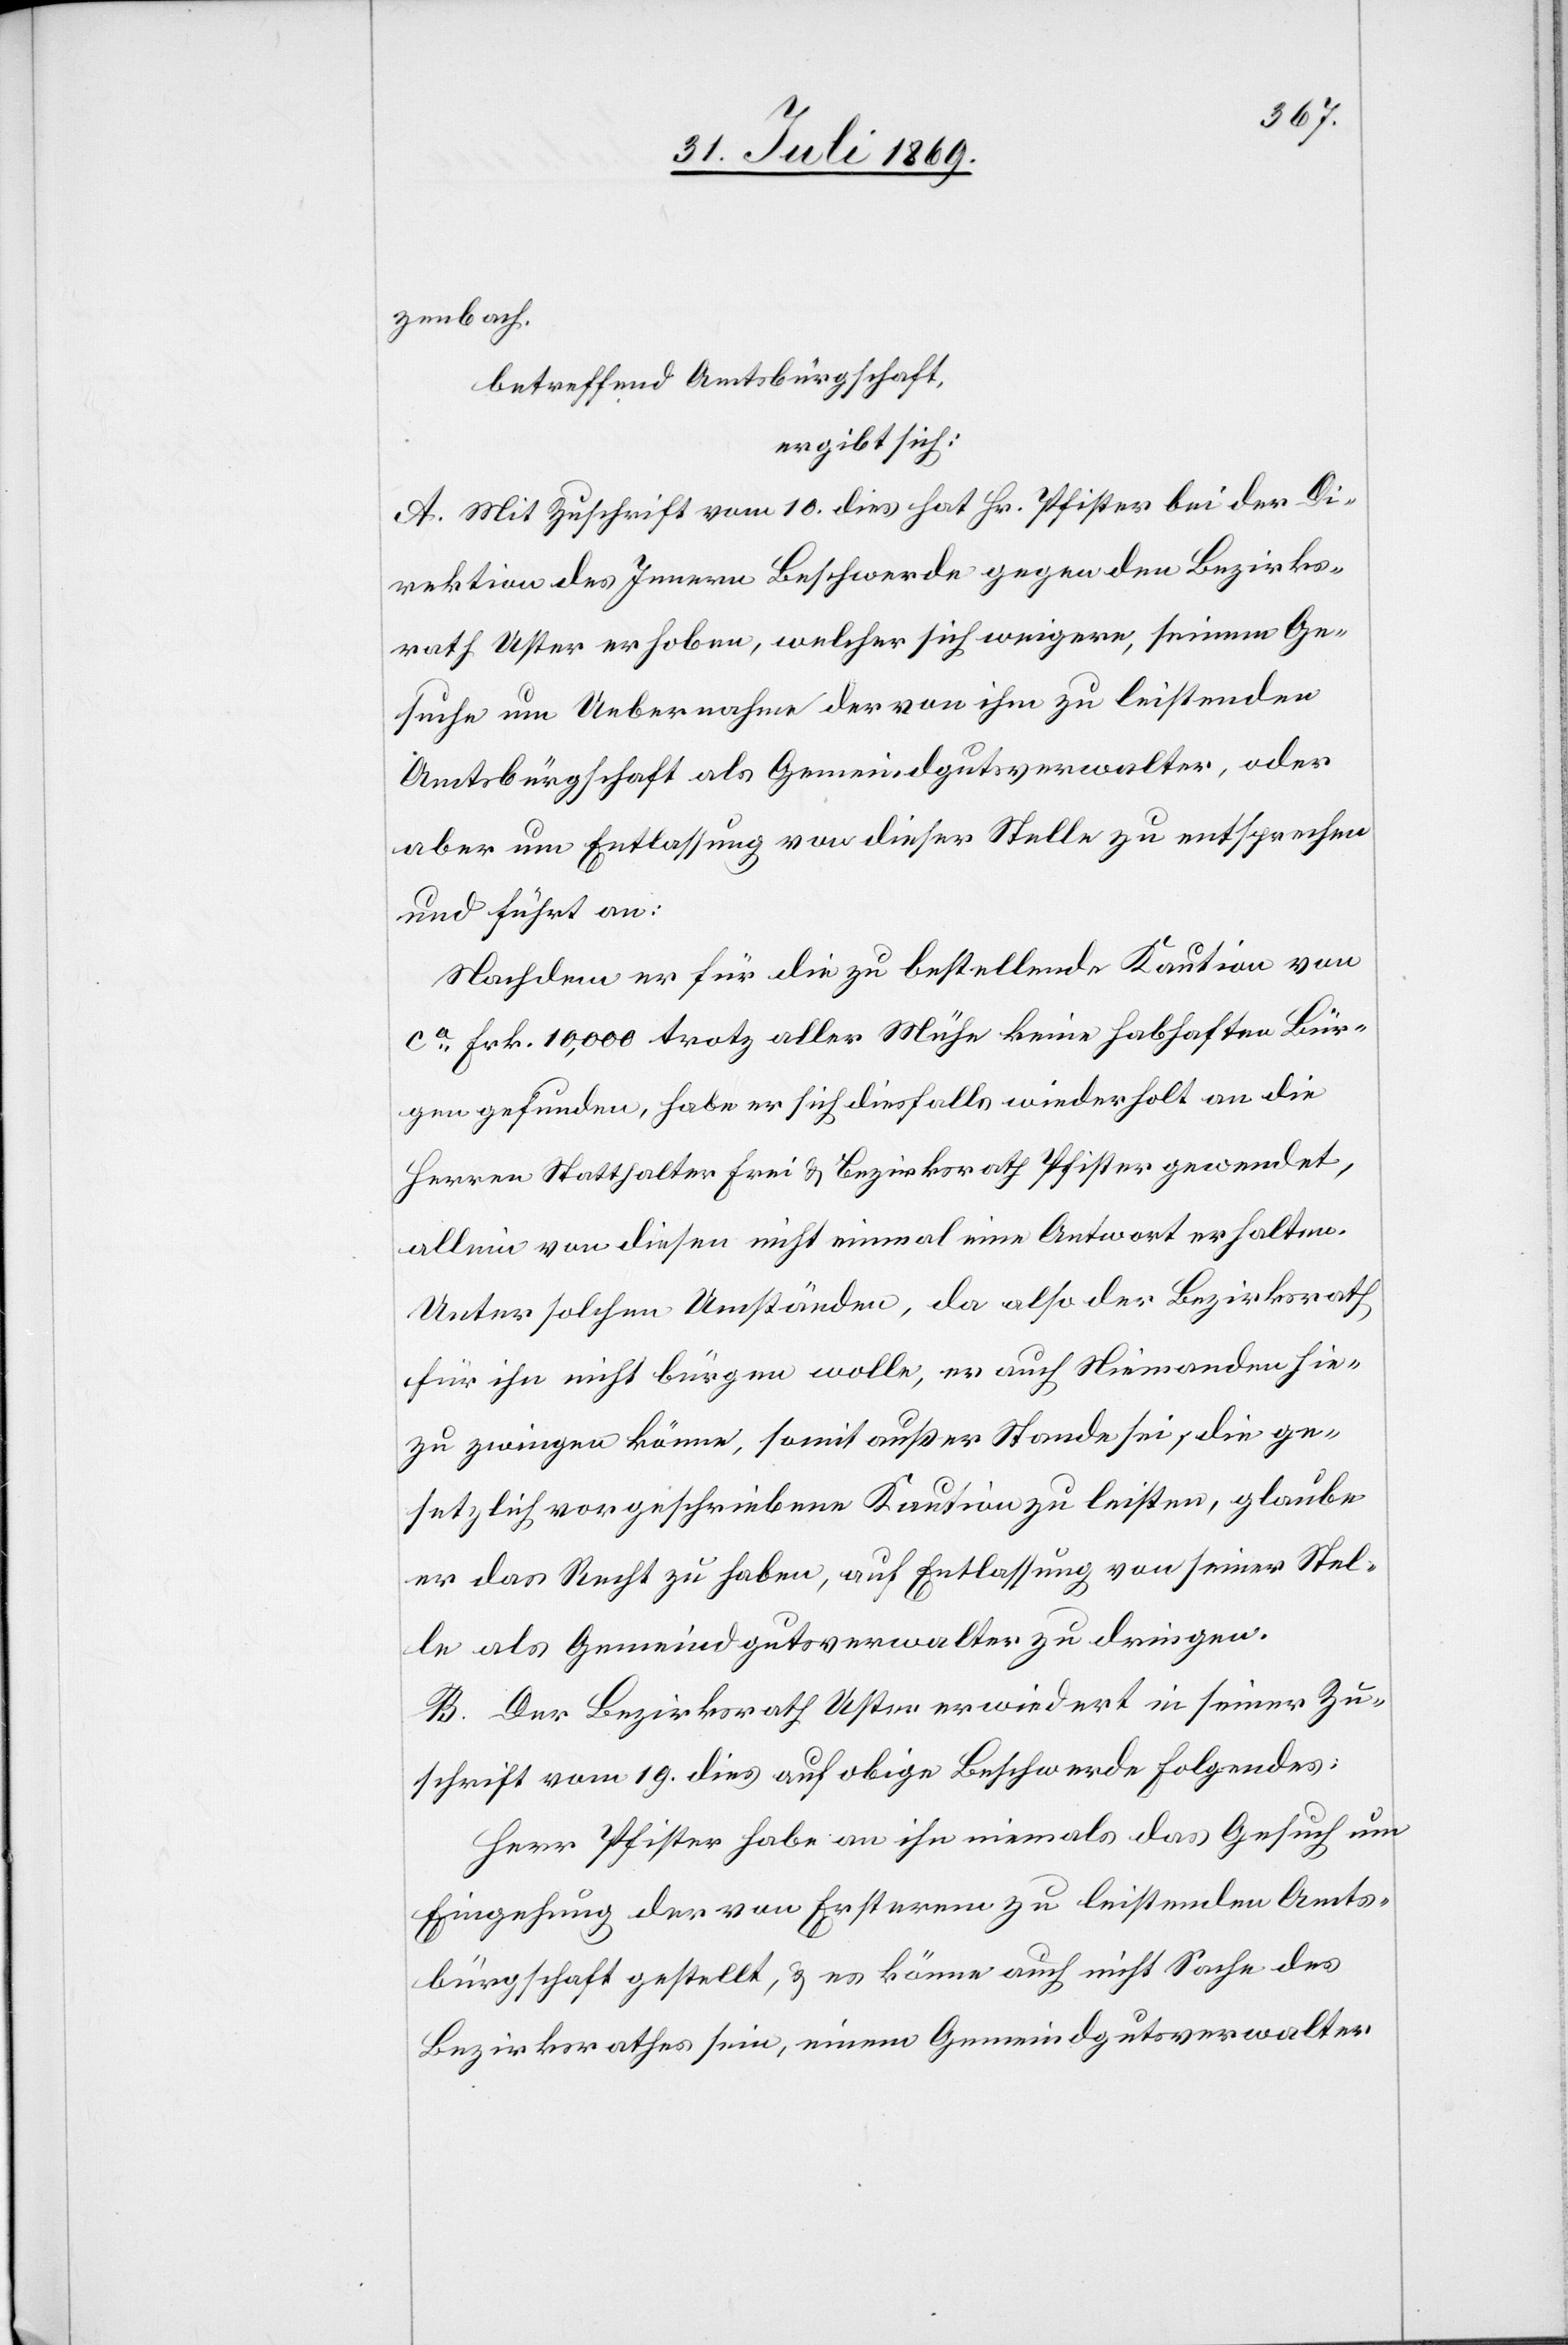
zenbac¬
h.betreffend Amtsbürgerschaft,
ergibt sich:
A. Mit Zuschrift vom 10. dies hat Hr. Pfister bei der Di¬
rektion des Innern Beschwerde gegen den Bezirks¬
rath Uster erhoben, welcher sich weigere, seinem Ge¬
suche um Uebernahme der von ihm zu leistenden
Amtsbürgerschaft als Gemeindgutsverwalter, oder
aber um Entlassung von dieser Stelle zu entsprechen
und führt an:
Nachdem er für die zu bestellende Kaution von
ca Frk 10,000 trotz aller Mühe keine habhaften Bür¬
gen gefunden, habe er sich diesfalls wiederholt an die
Herren Statthalter Frei u. Bezirksrath Pfister gewendet,
allein von diesen nicht einmal eine Antwort erhalten.
Unter solchen Umständen, da also der Bezirksrath
für ihn nicht bürgen wolle, er auch Niemanden hie¬
zu zwingen könne, somit außer Stande sei, die ge¬
setzlich vorgeschriebene Kaution zu leisten, glaube
er das Recht zu haben, auf Entlassung von seiner Stel¬
le als Gemeindgutsverwalter zu dringen.
B. Der Bezirksrath Uster erwiedert in seiner Zu¬
schrift vom 19. dies auf obige Beschwerde Folgendes:
Herr Pfister habe an ihn niemals das Gesuch um
Eingehung der von Ersterm zu leistenden Amts¬
bürgschaft gestellt, u. es könne auch nicht Sache des
Bezirksrathes sein, einem Gemeindgutsverwalter